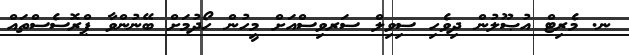
ނ. މެރިޓް އުޞޫލުން ދިވެހި ސިވިލް ސަރވިސްއަށް މީހުން ހޯދުމަށް ބޭނުންވާ ޕްރޮސެސްތައް